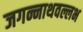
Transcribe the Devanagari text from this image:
जगन्नाथवल्लभ